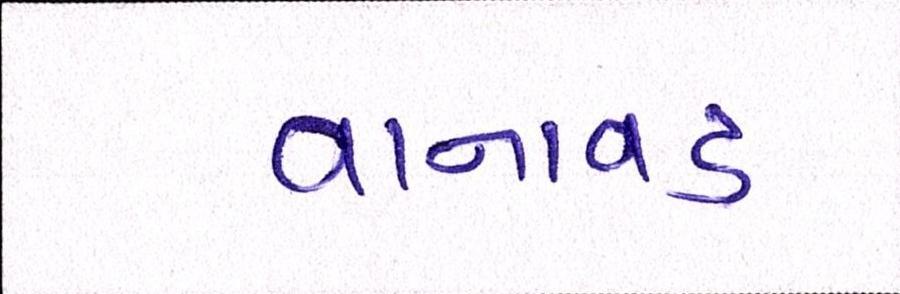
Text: વાનાવડ